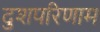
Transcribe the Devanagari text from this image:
दुशपरिणाम